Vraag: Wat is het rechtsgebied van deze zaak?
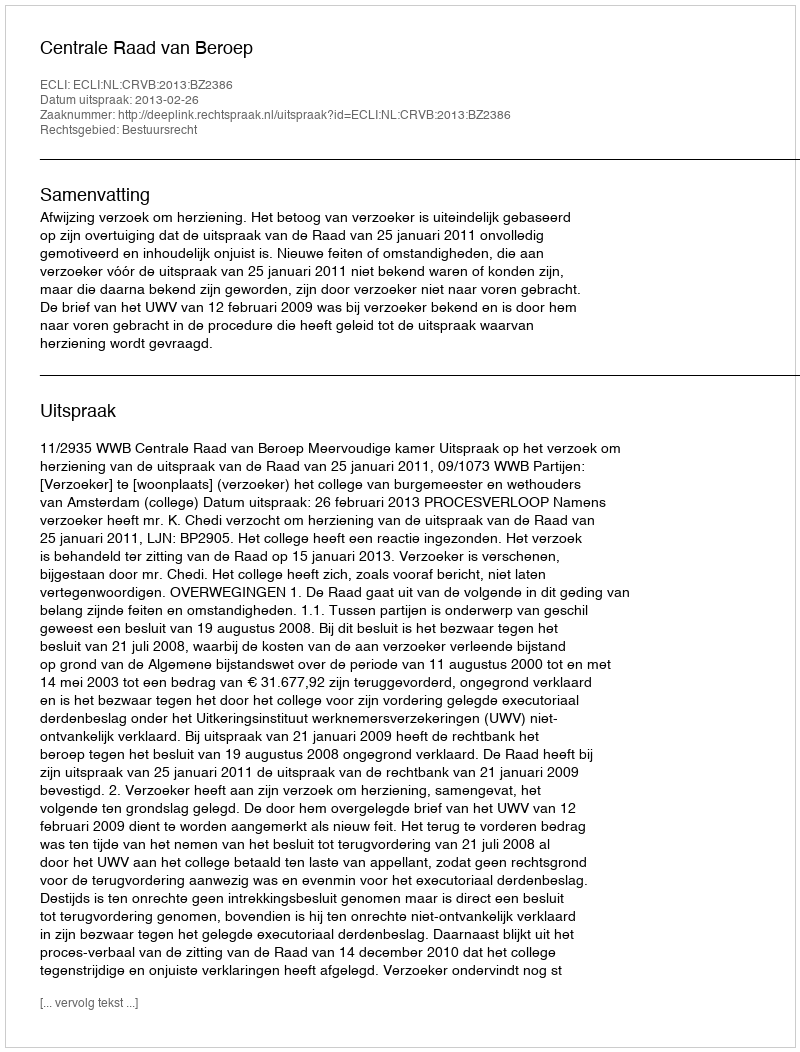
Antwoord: Bestuursrecht